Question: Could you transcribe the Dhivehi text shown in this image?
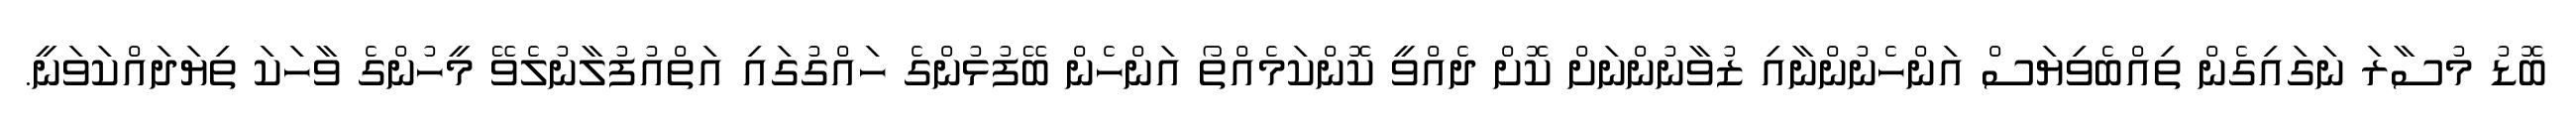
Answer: ބޮޑު މުސާރަ ނަގައިގެން ތިއްބެވިޔަސް އަންހެނުންނާއި ޒުވާނުންނަށް ކޮށް ދެއްވީ ކޮންކަމެއްތޯ އަންހެން ބޭފުޅުންގެ ހައްގުގައި އަތްއުފުލާނުލެވޭ މީހުންގެ ވާހަކަ ތިޔަދައްކަވަނީ.